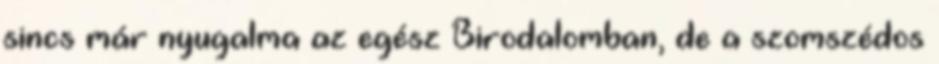
sincs már nyugalma az egész Birodalomban, de a szomszédos